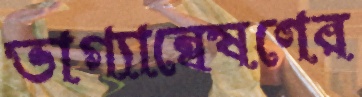
ভাগ্যান্বেষণের